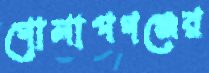
গোলাপগঞ্জের